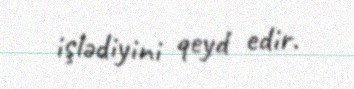
işlədiyini qeyd edir.